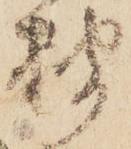
披